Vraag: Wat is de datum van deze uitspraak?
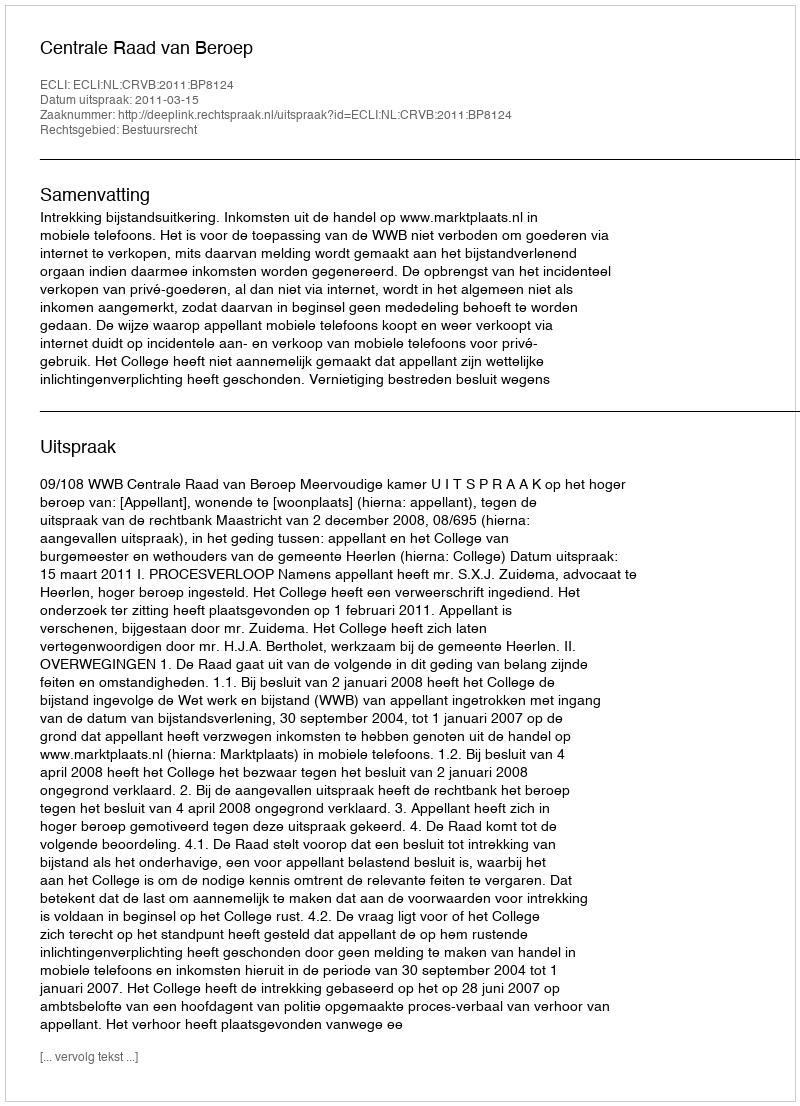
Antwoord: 2011-03-15